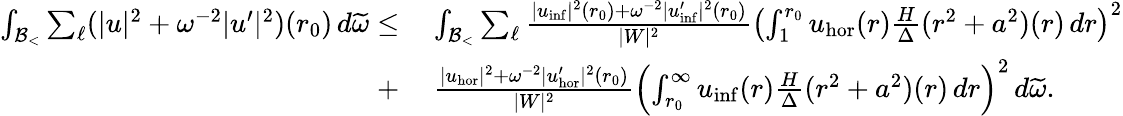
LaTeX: \begin{array}{rl}{\int_{\mathcal{B}_{<}}\sum_{\ell}(|u|^{2}+\omega^{-2}|u^{\prime}|^{2})(r_{0})\, d\widetilde{\omega}\leq}&{\: \int_{\mathcal{B}_{<}}\sum_{\ell}\frac{|u_{\mathrm{inf}}|^{2}(r_{0})+\omega^{-2}|u_{\mathrm{inf}}^{\prime}|^{2}(r_{0})}{|W|^{2}}\left(\int_{1}^{r_{0}}u_{\mathrm{hor}}(r)\frac{H}{\Delta}(r^{2}+a^{2})(r)\, dr\right)^{2}}\\ {+}&{\: \frac{|u_{\mathrm{hor}}|^{2}+\omega^{-2}|u_{\mathrm{hor}}^{\prime}|^{2}(r_{0})}{|W|^{2}}\left(\int_{r_{0}}^{\infty}u_{\mathrm{inf}}(r)\frac{H}{\Delta}(r^{2}+a^{2})(r)\, dr\right)^{2}\, d\widetilde{\omega}.}\end{array}